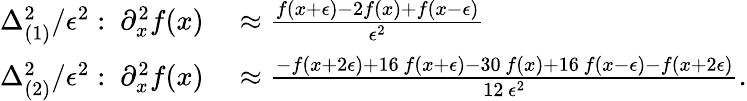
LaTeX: \begin{array}{rl}{\Delta_{(1)}^{2}/\epsilon^{2}:\ \partial_{x}^{2}f(x)}&{{}\approx\frac{f(x+\epsilon)-2f(x)+f(x-\epsilon)}{\epsilon^{2}}}\\ {\Delta_{(2)}^{2}/\epsilon^{2}:\ \partial_{x}^{2}f(x)}&{{}\approx\frac{-f(x+2\epsilon)+16\, f(x+\epsilon)-30\, f(x)+16\, f(x-\epsilon)-f(x+2\epsilon)}{12\, \epsilon^{2}}.}\end{array}